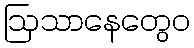
ဩသာနေတွေဝ